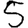
Digit: 5